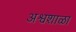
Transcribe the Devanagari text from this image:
अश्वशाळा